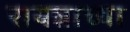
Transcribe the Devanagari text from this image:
रायन्नाच्या